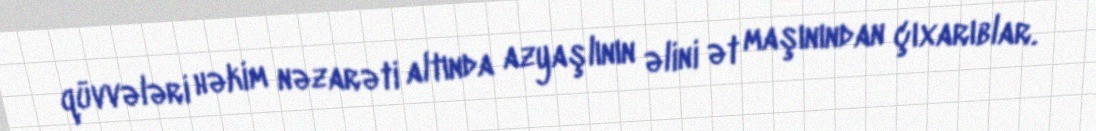
qüvvələri həkim nəzarəti altında azyaşlının əlini ət maşınından çıxarıblar.